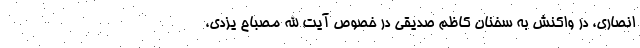
انصاری، در واکنش به سخنان کاظم صدیقی در خصوص آیت الله مصباح یزدی،